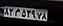
۸۲م۵۳۹۷۸